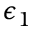
\epsilon _ { 1 }